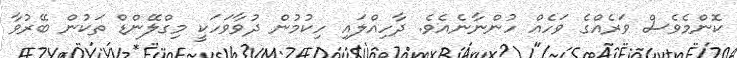
ކޮންމެވެސް ވަރެއްގެ ވަހެއް ހުންނާނެއެވެ. ދާހިއްލައި ހިކުމުން ދުވާވަހަކީ މިގްލޭންޑް ތަކުން ބޭރުވާ